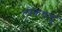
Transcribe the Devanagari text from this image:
लोकधातु